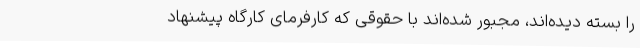
را بسته دیده‌اند، مجبور شده‌اند با حقوقی که کارفرمای کارگاه پیشنهاد